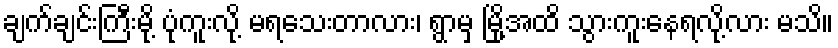
ချက်ချင်းကြီးမို့ ပုံကူးလို့ မရသေးတာလား၊ ရွာမှ မြို့အထိ သွားကူးနေရလို့လား မသိ။